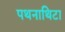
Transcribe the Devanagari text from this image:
पथनाथिटा